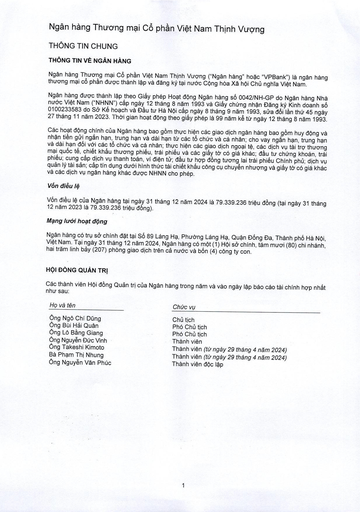
|Họ và tên|Chức vụ| |---|---| |Ông Ngô Chí Dũng|Chủ tịch| |Ông Bùi Hải Quân|Phó Chủ tịch| |Ông Lỗ Bằng Giang|Phó Chủ tịch| |Ông Nguyễn Đức Vinh|Thành viên| |Ông Takeshi Kimoto|Thành viên (từ ngày 29 tháng 4 năm 2024)| |Bà Phạm Thị Nhung|Thành viên (từ ngày 29 tháng 4 năm 2024)| |Ông Nguyễn Văn Phúc|Thành viên độc lập|